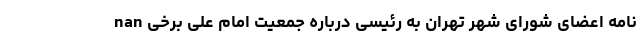
nan نامه اعضای شورای شهر تهران به رئیسی درباره جمعیت امام علی برخی